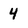
Character: 4